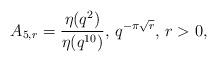
LaTeX: \begin{align*}A_{5,r}=\frac{\eta(q^2)}{\eta(q^{10})}\textrm{, }q^{-\pi\sqrt{r}}\textrm{, }r>0, \end{align*}